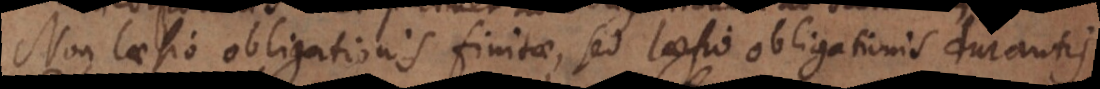
Non laesio obligationis finitae, sed laesio obligationis durantis